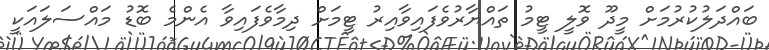
ބައްދަލުކުރުމަށް މީދޫ ވޮލީ ޓީމު ތައްޔާރުވެފައިވާއިރު ޓީމަށް ދިމާވެފައިވާ އެންމެ ބޮޑު މައްސަލައަކީ